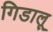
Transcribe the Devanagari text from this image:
गिडालू